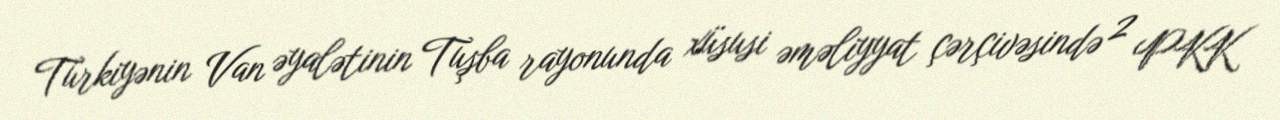
Türkiyənin Van əyalətinin Tuşba rayonunda xüsusi əməliyyat çərçivəsində 2 PKK